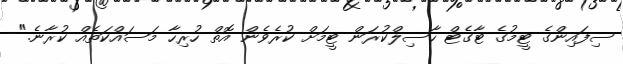
ސިފައިންގެ ޓީމުގެ ޓާގެޓް ހާސިލްކުރަން ޓީމަށް ކުރެވެން އޮތް ހުރިހާ މަސައްކަތެއް ކުރާނެ."